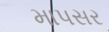
માપસર